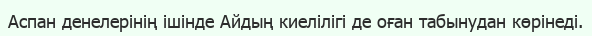
Аспан денелерінің ішінде Айдың киелілігі де оған табынудан көрінеді.